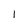
Character: l